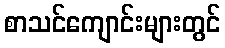
စာသင်ကျောင်းများတွင်